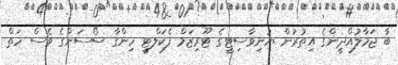
ބާ ޖަމާލުއްދީންގެ އިތުރުން ޔުނިވާސިޓީގެ ޓޫރިޒަމް ފެކަލްޓީ ހިންގާ ސޯސަންގެ ވެސް ހަތް